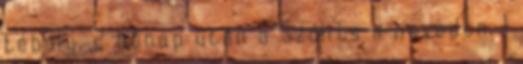
téboly, 2 hónap után a Szólíts a neveden, 1